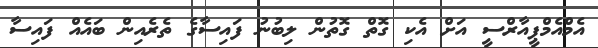
އެމްއެމްޕީއާރްސީ އަށް އެކި ގޮތް ގޮތުން ލިބުނު ފައިސާގެ ތެރެއިން ބައެއް ފައިސާ